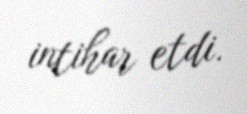
intihar etdi.